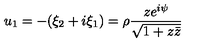
u _ { 1 } = - ( \xi _ { 2 } + i \xi _ { 1 } ) = \rho \frac { z e ^ { i \psi } } { \sqrt { 1 + z \bar { z } } }